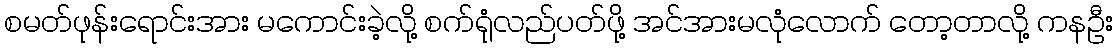
စမတ်ဖုန်းရောင်းအား မကောင်းခဲ့လို့ စက်ရုံလည်ပတ်ဖို့ အင်အားမလုံလောက် တော့တာလို့ ကနဦး